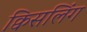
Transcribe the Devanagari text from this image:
क्विसलिंग